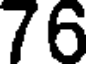
76